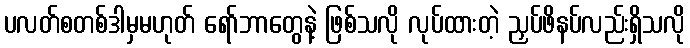
ပလတ်စတစ်ဒါမှမဟုတ် ရော်ဘာတွေနဲ့ ဖြစ်သလို လုပ်ထားတဲ့ ညှပ်ဖိနပ်လည်းရှိသလို